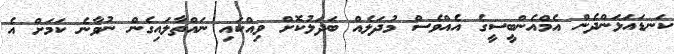
ކަނޑައަޅަންދެން އެމްއެންބީސީގެ އެއްވެސް މުދަލެއް ބަދަލުކޮށް ވިއްކައި ނައްތާލައިގެން ނުވާނެ ކަމަށް އެ